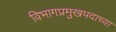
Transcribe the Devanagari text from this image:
विभागप्रमुखपदाच्या